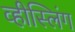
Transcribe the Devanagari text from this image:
व्हीस्लिंग